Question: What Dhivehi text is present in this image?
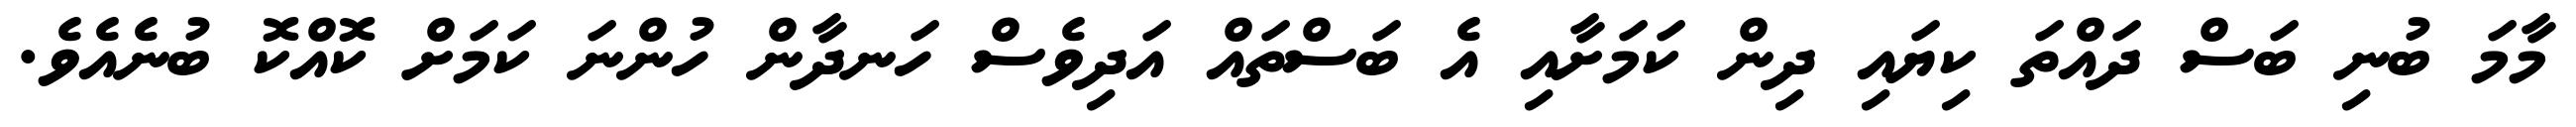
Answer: މާމަ ބުނި ބަސް ދައްތަ ކިޔައި ދިން ކަމަށާއި އެ ބަސްތައް އަދިވެސް ހަނދާން ހުންނަ ކަމަށް ކޮއްކޮ ބުނެއެވެ.